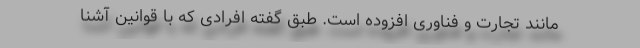
مانند تجارت و فناوری افزوده است. طبق گفته افرادی که با قوانین آشنا